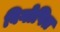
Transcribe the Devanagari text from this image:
विगोपित